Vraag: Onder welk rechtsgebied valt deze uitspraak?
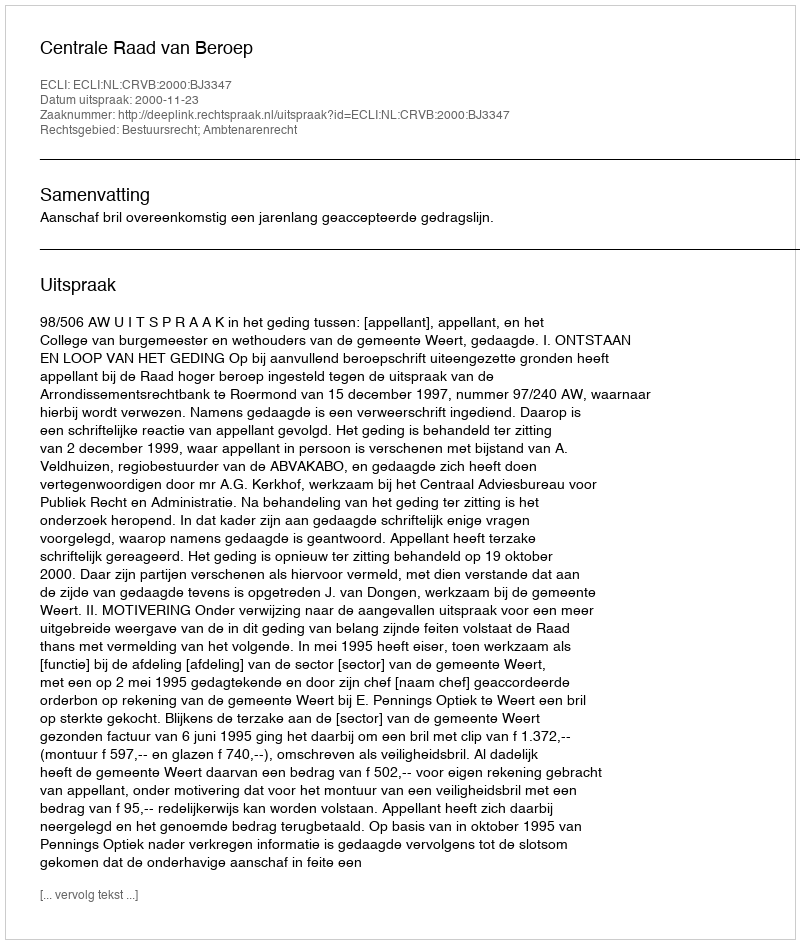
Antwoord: Bestuursrecht; Ambtenarenrecht